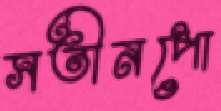
সতীনপো